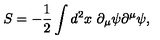
S = - { \frac { 1 } { 2 } } \int d ^ { 2 } x \ \partial _ { \mu } \psi \partial ^ { \mu } \psi ,